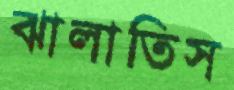
ঝালাতিস